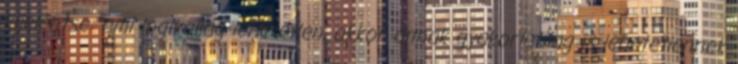
kijelentse: ami logikailag lehetetlen, akkor annak gyakorlatilag is lehetetlennek